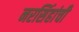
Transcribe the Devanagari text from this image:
नरसिंहांची